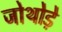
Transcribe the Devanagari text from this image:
जोथोड़े